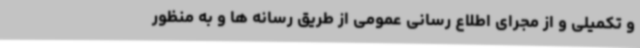
و تکمیلی و از مجرای اطلاع رسانی عمومی از طریق رسانه ها و به منظور